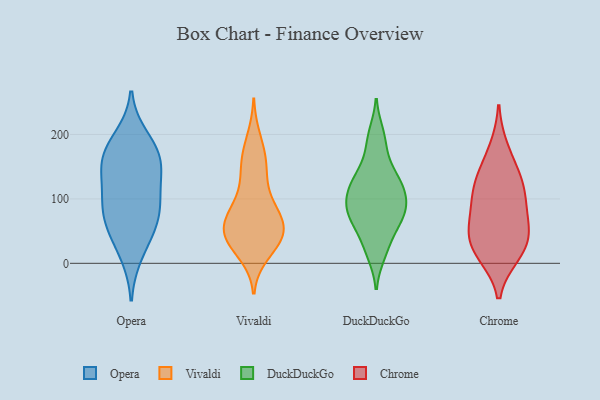
{"axis": {"x": "Shipments", "y": "Value"}, "legend": ["Chrome", "DuckDuckGo", "Opera", "Vivaldi"], "data": [{"x": "", "y": 158, "type": "Opera"}, {"x": "", "y": 194, "type": "Opera"}, {"x": "", "y": 97, "type": "Opera"}, {"x": "", "y": 15, "type": "Opera"}, {"x": "", "y": 149, "type": "Opera"}, {"x": "", "y": 55, "type": "Opera"}, {"x": "", "y": 164, "type": "Opera"}, {"x": "", "y": 175, "type": "Opera"}, {"x": "", "y": 53, "type": "Opera"}, {"x": "", "y": 82, "type": "Opera"}, {"x": "", "y": 125, "type": "Opera"}, {"x": "", "y": 88, "type": "Opera"}, {"x": "", "y": 104, "type": "Vivaldi"}, {"x": "", "y": 15, "type": "Vivaldi"}, {"x": "", "y": 154, "type": "Vivaldi"}, {"x": "", "y": 59, "type": "Vivaldi"}, {"x": "", "y": 74, "type": "Vivaldi"}, {"x": "", "y": 143, "type": "Vivaldi"}, {"x": "", "y": 74, "type": "Vivaldi"}, {"x": "", "y": 52, "type": "Vivaldi"}, {"x": "", "y": 42, "type": "Vivaldi"}, {"x": "", "y": 175, "type": "Vivaldi"}, {"x": "", "y": 43, "type": "Vivaldi"}, {"x": "", "y": 77, "type": "Vivaldi"}, {"x": "", "y": 50, "type": "Vivaldi"}, {"x": "", "y": 194, "type": "Vivaldi"}, {"x": "", "y": 33, "type": "Vivaldi"}, {"x": "", "y": 64, "type": "Vivaldi"}, {"x": "", "y": 149, "type": "Vivaldi"}, {"x": "", "y": 102, "type": "Vivaldi"}, {"x": "", "y": 34, "type": "Vivaldi"}, {"x": "", "y": 26, "type": "Vivaldi"}, {"x": "", "y": 127, "type": "DuckDuckGo"}, {"x": "", "y": 86, "type": "DuckDuckGo"}, {"x": "", "y": 15, "type": "DuckDuckGo"}, {"x": "", "y": 59, "type": "DuckDuckGo"}, {"x": "", "y": 80, "type": "DuckDuckGo"}, {"x": "", "y": 99, "type": "DuckDuckGo"}, {"x": "", "y": 88, "type": "DuckDuckGo"}, {"x": "", "y": 200, "type": "DuckDuckGo"}, {"x": "", "y": 116, "type": "DuckDuckGo"}, {"x": "", "y": 149, "type": "DuckDuckGo"}, {"x": "", "y": 130, "type": "DuckDuckGo"}, {"x": "", "y": 186, "type": "DuckDuckGo"}, {"x": "", "y": 76, "type": "DuckDuckGo"}, {"x": "", "y": 25, "type": "DuckDuckGo"}, {"x": "", "y": 119, "type": "DuckDuckGo"}, {"x": "", "y": 58, "type": "DuckDuckGo"}, {"x": "", "y": 15, "type": "Chrome"}, {"x": "", "y": 138, "type": "Chrome"}, {"x": "", "y": 177, "type": "Chrome"}, {"x": "", "y": 112, "type": "Chrome"}, {"x": "", "y": 14, "type": "Chrome"}, {"x": "", "y": 90, "type": "Chrome"}, {"x": "", "y": 132, "type": "Chrome"}, {"x": "", "y": 56, "type": "Chrome"}, {"x": "", "y": 53, "type": "Chrome"}, {"x": "", "y": 45, "type": "Chrome"}, {"x": "", "y": 100, "type": "Chrome"}, {"x": "", "y": 28, "type": "Chrome"}]}